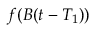
f ( B ( t - T _ { 1 } ) )